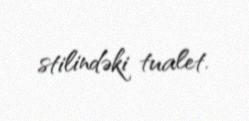
stilindəki tualet.